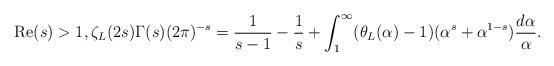
LaTeX: \begin{align*} \textnormal{Re}(s)>1, \zeta_L(2s)\Gamma(s)(2\pi)^{-s}=\frac{1}{s-1}-\frac{1}{s}+\int_1^\infty(\theta_L(\alpha)-1)(\alpha^s+\alpha^{1-s})\frac{d\alpha}{\alpha}.\end{align*}